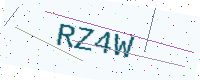
Text: RZ4W